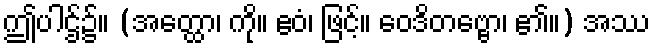
ဤပါဌ်၌။ (အတ္ထော၊ ကို။ ဧဝံ၊ ဖြင့်။ ဝေဒိတဗ္ဗော၊ ၏။) အဿ